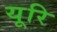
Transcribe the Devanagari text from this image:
यूरि